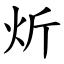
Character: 炘